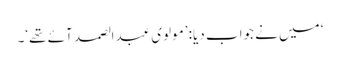
‘ میں نے جواب دیا: ’مولوی عبدالصمد آئے تھے‘۔